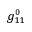
g _ { 1 1 } ^ { 0 }